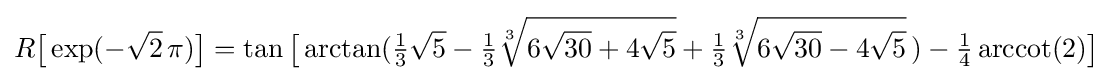
R{\bigl [}\exp(-{\sqrt {2}}\,\pi ){\bigr ]}=\tan {\bigl [}\arctan({\tfrac {1}{3}}{\sqrt {5}}-{\tfrac {1}{3}}{\sqrt[{3}]{6{\sqrt {30}}+4{\sqrt {5}}}}+{\tfrac {1}{3}}{\sqrt[{3}]{6{\sqrt {30}}-4{\sqrt {5}}}}\,)-{\tfrac {1}{4}}\operatorname {arccot} (2){\bigr ]}